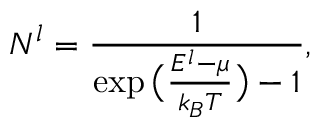
N _ { } ^ { l } = \frac { 1 } { \exp \big ( \frac { E ^ { l } - \mu } { k _ { B } T } \big ) - 1 } ,